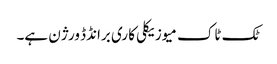
ٹک ٹاک میوزیکلی کا ری برانڈڈ ورژن ہے۔